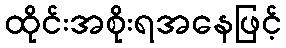
ထိုင်းအစိုးရအနေဖြင့်